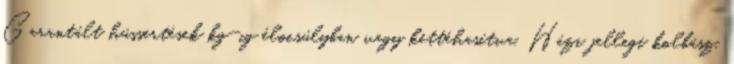
Garantált hússertések kg-ig élœsúlyban vagy kettéhasítva. Házi jellegı kolbász,